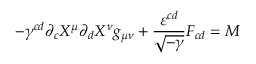
- \gamma ^ { c d } \partial _ { c } X ^ { \mu } \partial _ { d } X ^ { \nu } g _ { \mu \nu } + \frac { \varepsilon ^ { c d } } { \sqrt { - \gamma } } F _ { c d } = M